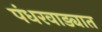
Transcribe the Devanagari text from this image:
पंधरवाड्यात